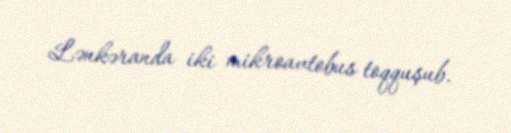
Lənkəranda iki mikroavtobus toqquşub.